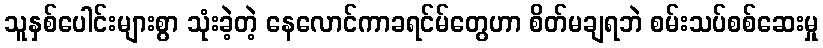
သူနှစ်ပေါင်းများစွာ သုံးခဲ့တဲ့ နေလောင်ကာခရင်မ်တွေဟာ စိတ်မချရဘဲ စမ်းသပ်စစ်ဆေးမှု